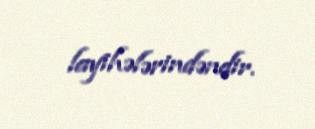
layihələrindəndir.